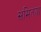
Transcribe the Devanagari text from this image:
समितया